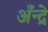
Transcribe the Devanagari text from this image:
अँन्द्रे